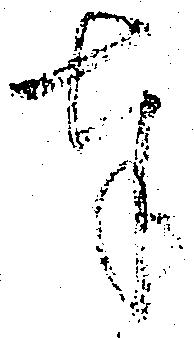
奉